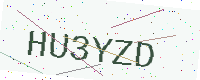
Text: HU3YZD